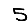
Digit: 5